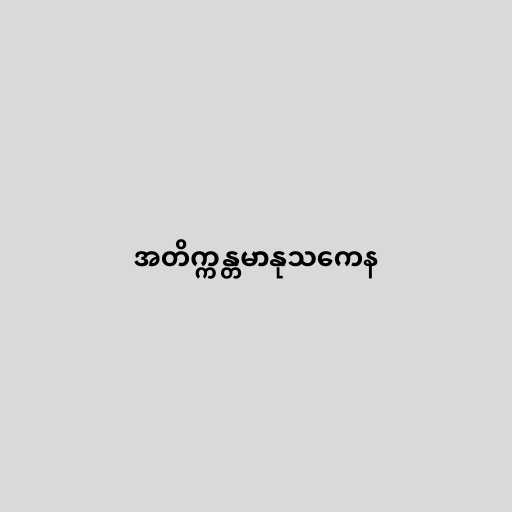
အတိက္ကန္တမာနုသကေန